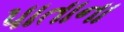
પાતાના